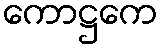
ကောဋ္ဌကေ